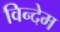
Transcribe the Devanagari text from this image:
विन्देम